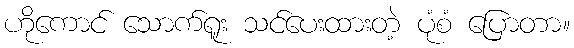
ဟိုကောင် သောက်ရူး သင်ပေးထားတဲ့ ပုံစံ ပြောတာ။